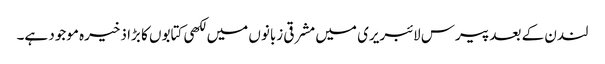
لندن کے بعد پیرس لائبریری میں مشرقی زبانوں میں لکھی کتابوں کا بڑا ذخیرہ موجود ہے۔